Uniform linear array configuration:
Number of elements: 4
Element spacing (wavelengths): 0.75
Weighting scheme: uniform
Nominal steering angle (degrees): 0
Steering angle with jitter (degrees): -1.84
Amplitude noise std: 0.05
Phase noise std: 0.05

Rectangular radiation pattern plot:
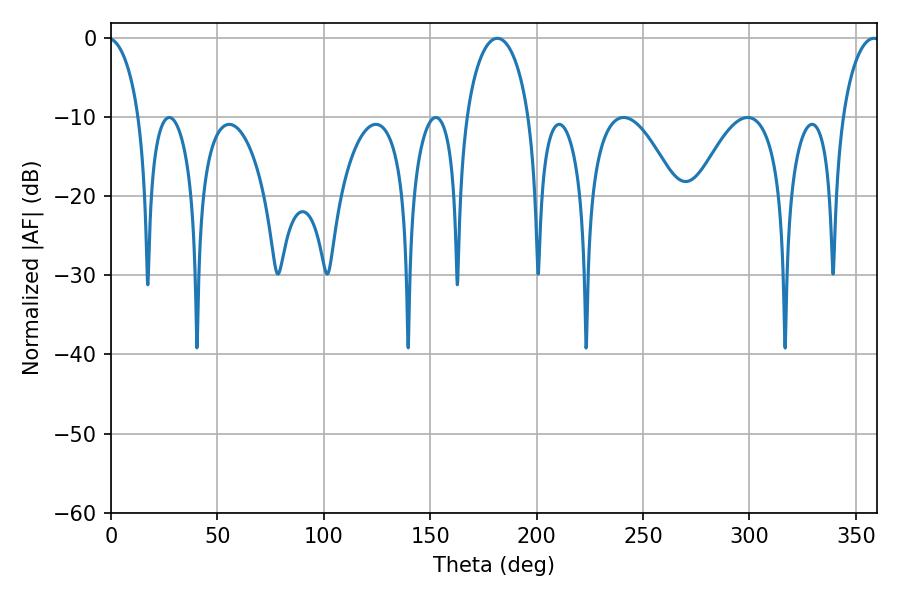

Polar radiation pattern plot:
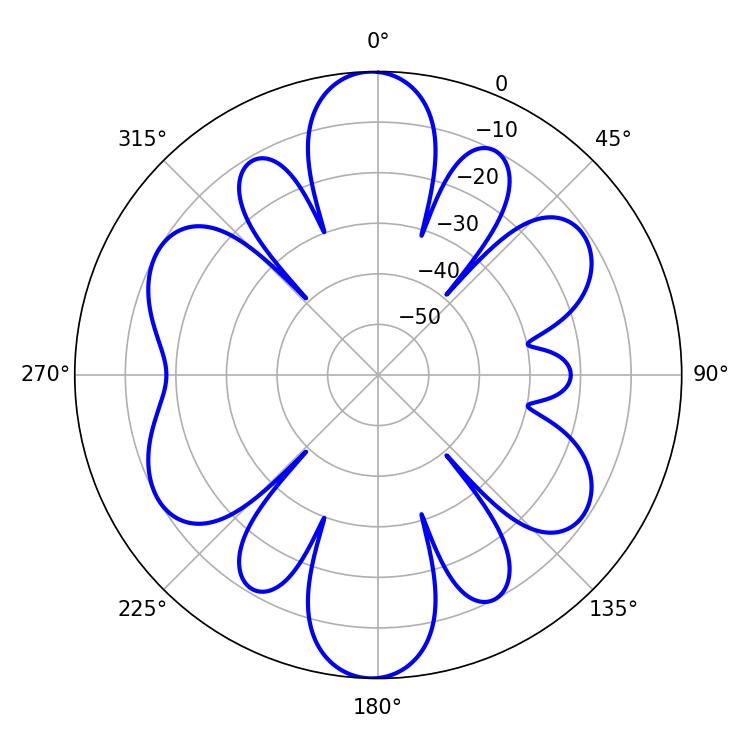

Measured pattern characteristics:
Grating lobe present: TRUE
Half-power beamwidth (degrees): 17.1
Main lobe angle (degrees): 181.44